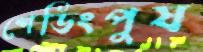
শেডিংপুষ